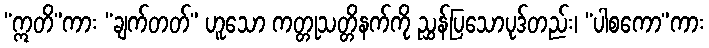
“ဣတိ”ကား “ချက်တတ်” ဟူသော ကတ္တုသတ္တိနက်ကို ညွှန်ပြသောပုဒ်တည်း၊ “ပါစကော”ကား